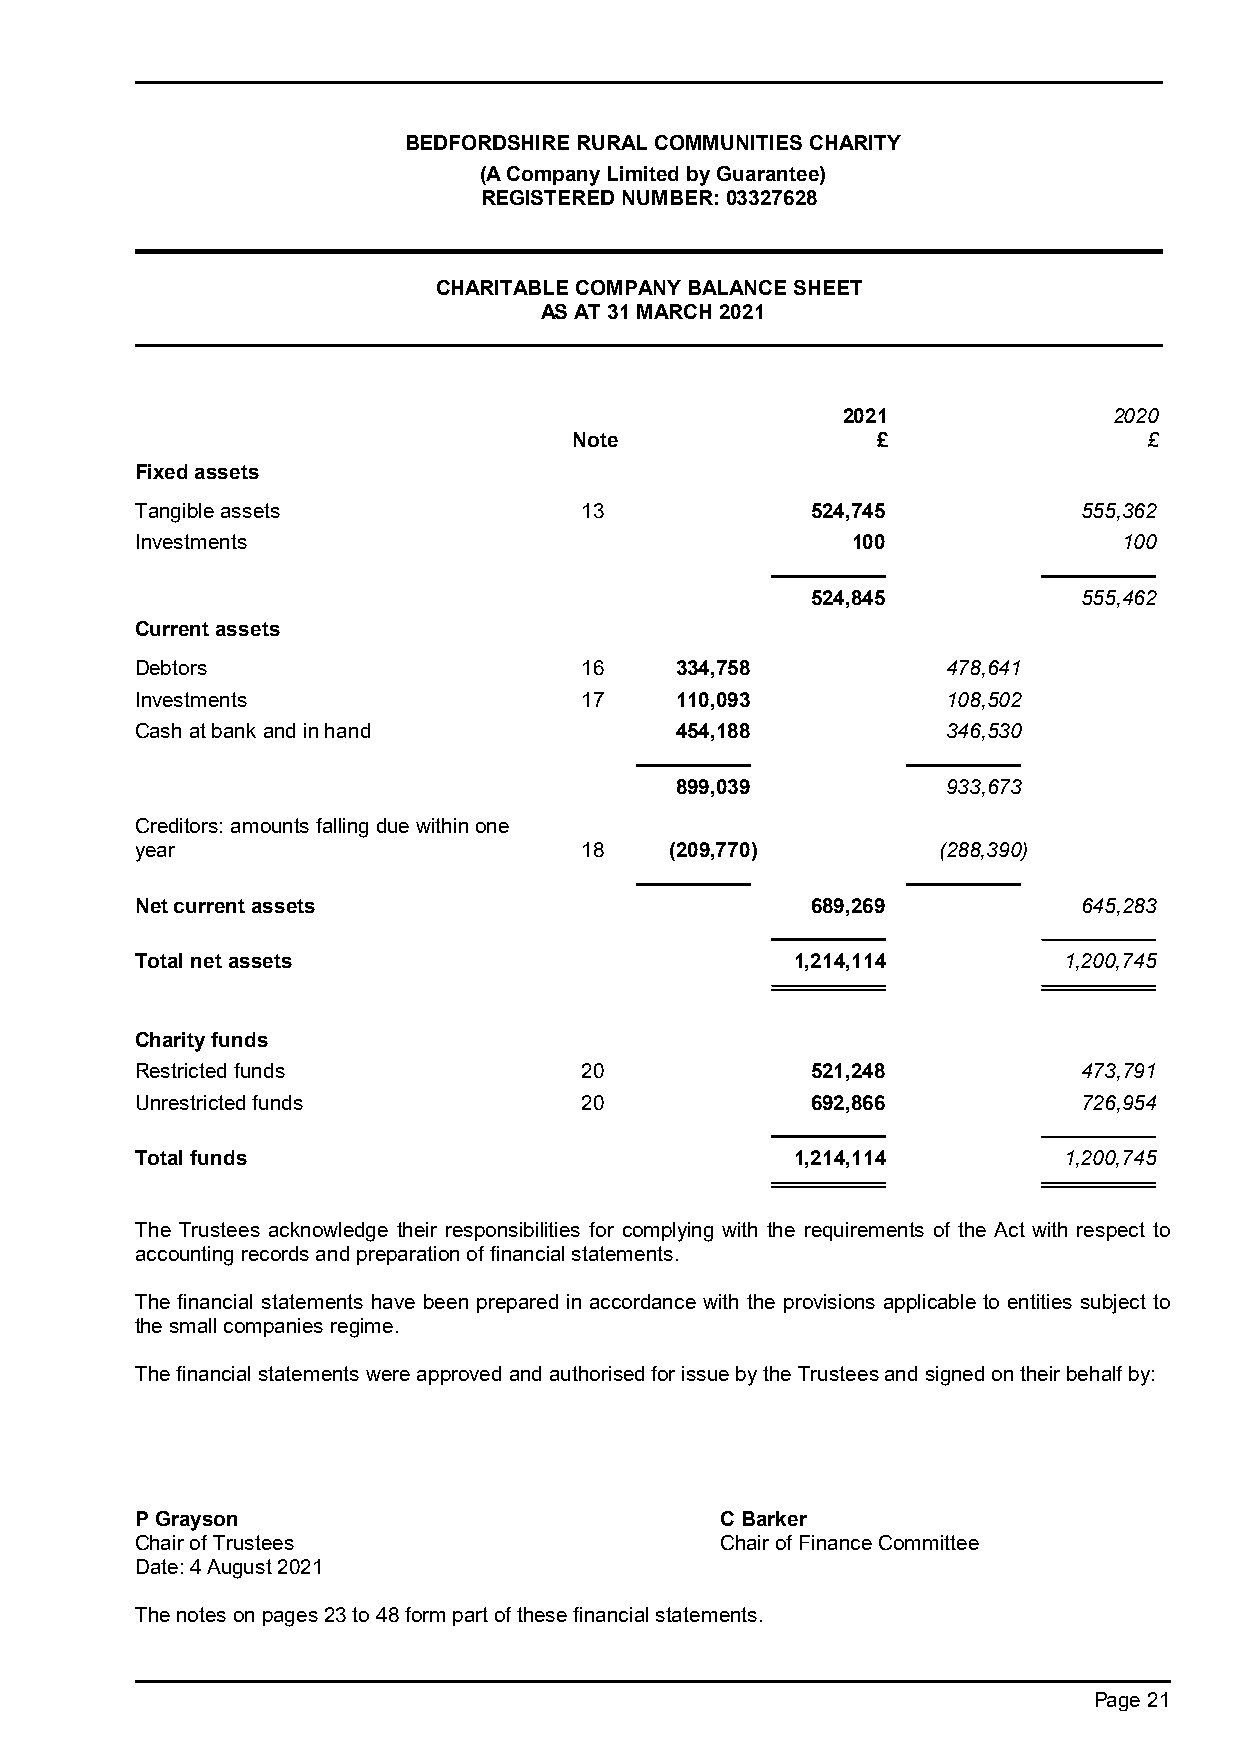
BEDFORDSHIRE RURAL COMMUNITIES CHARITY
 (A Company Limited by Guarantee)
 REGISTERED NUMBER: 03327628
 CHARITABLE COMPANY BALANCE SHEET
 AS AT 31 MARCH 2021
 2021              2020
 Note                £                 £
 Fixed assets
 Tangible assets              13              524,745           555,362
 Investments                                    100               100
 524,845           555,462
 Current assets
 Debtors                      16     334,758           478,641
 Investments                  17     110,093           108,502
 Cash at bank and in hand            454,188           346,530
 899,039           933,673
 Creditors: amounts falling due within one
 year                         18    (209,770)         (288,390)
 Net current assets                           689,269           645,283
 Total net assets                            1,214,114        1,200,745
 Charity funds
 Restricted funds             20              521,248           473,791
 Unrestricted funds           20              692,866           726,954
 Total funds                                 1,214,114        1,200,745
 The Trustees acknowledge their responsibilities for complying with the requirements of the Act with respect to
 accounting records and preparation of financial statements.
 The financial statements have been prepared in accordance with the provisions applicable to entities subject to
 the small companies regime.
 The financial statements were approved and authorised for issue by the Trustees and signed on their behalf by:
 P Grayson                              C Barker
 Chair of Trustees                      Chair of Finance Committee
 Date: 4 August 2021
 The notes on pages 23 to 48 form part of these financial statements.
 Page 21